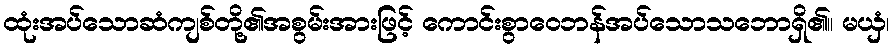
ထုံးအပ်သောဆံကျစ်တို့၏အစွမ်းအားဖြင့် ကောင်းစွာဝေဘန်အပ်သောသဘောရှိ၏။ မယှံ၊